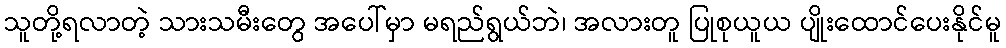
သူတို့ရလာတဲ့ သားသမီးတွေ အပေါ်မှာ မရည်ရွယ်ဘဲ၊ အလားတူ ပြုစုယူယ ပျိုးထောင်ပေးနိုင်မူ